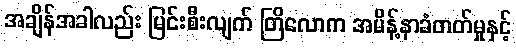
အချိန်အခါလည်း မြင်းစီးလျက် တြိလောက အမိန့်နာခံတတ်မှုနှင့်